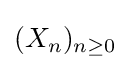
(X_{n})_{n\geq 0}